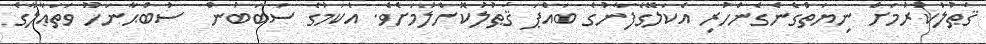
ޤަޠުލުކުރުމަށް ނިޔަތްގެނެގެންހުރި އެކަލޭގެފާނުގެ ބައްޕަ ޤަޠުލުކޮށްލުމަށެވެ. އެކަމުގެ ސަބަބުން  ސުބްޙާނަހޫ ވަތަޢާލާގެ